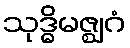
သုဒ္ဓိမဇ္ဈဂံ